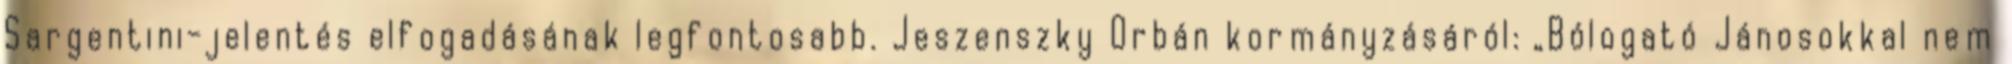
Sargentini-jelentés elfogadásának legfontosabb. Jeszenszky Orbán kormányzásáról: „Bólogató Jánosokkal nem